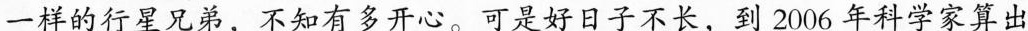
一样的行星兄弟，不知有多开心，可是好日子不长，到2006年科学家算出